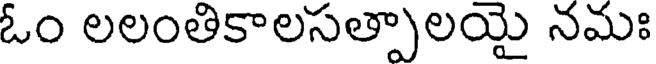
ఓం లలంతికాలసత్పాలయై నమః